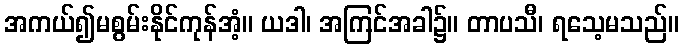
အကယ်၍မစွမ်းနိုင်ကုန်အံ့။ ယဒါ၊ အကြင်အခါ၌။ တာပသီ၊ ရသေ့မသည်။